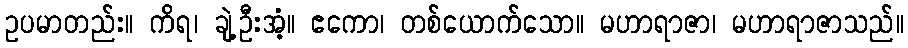
ဥပမာတည်း။ ကိရ၊ ချဲ့ဦးအံ့။ ဧကော၊ တစ်ယောက်သော။ မဟာရာဇာ၊ မဟာရာဇာသည်။